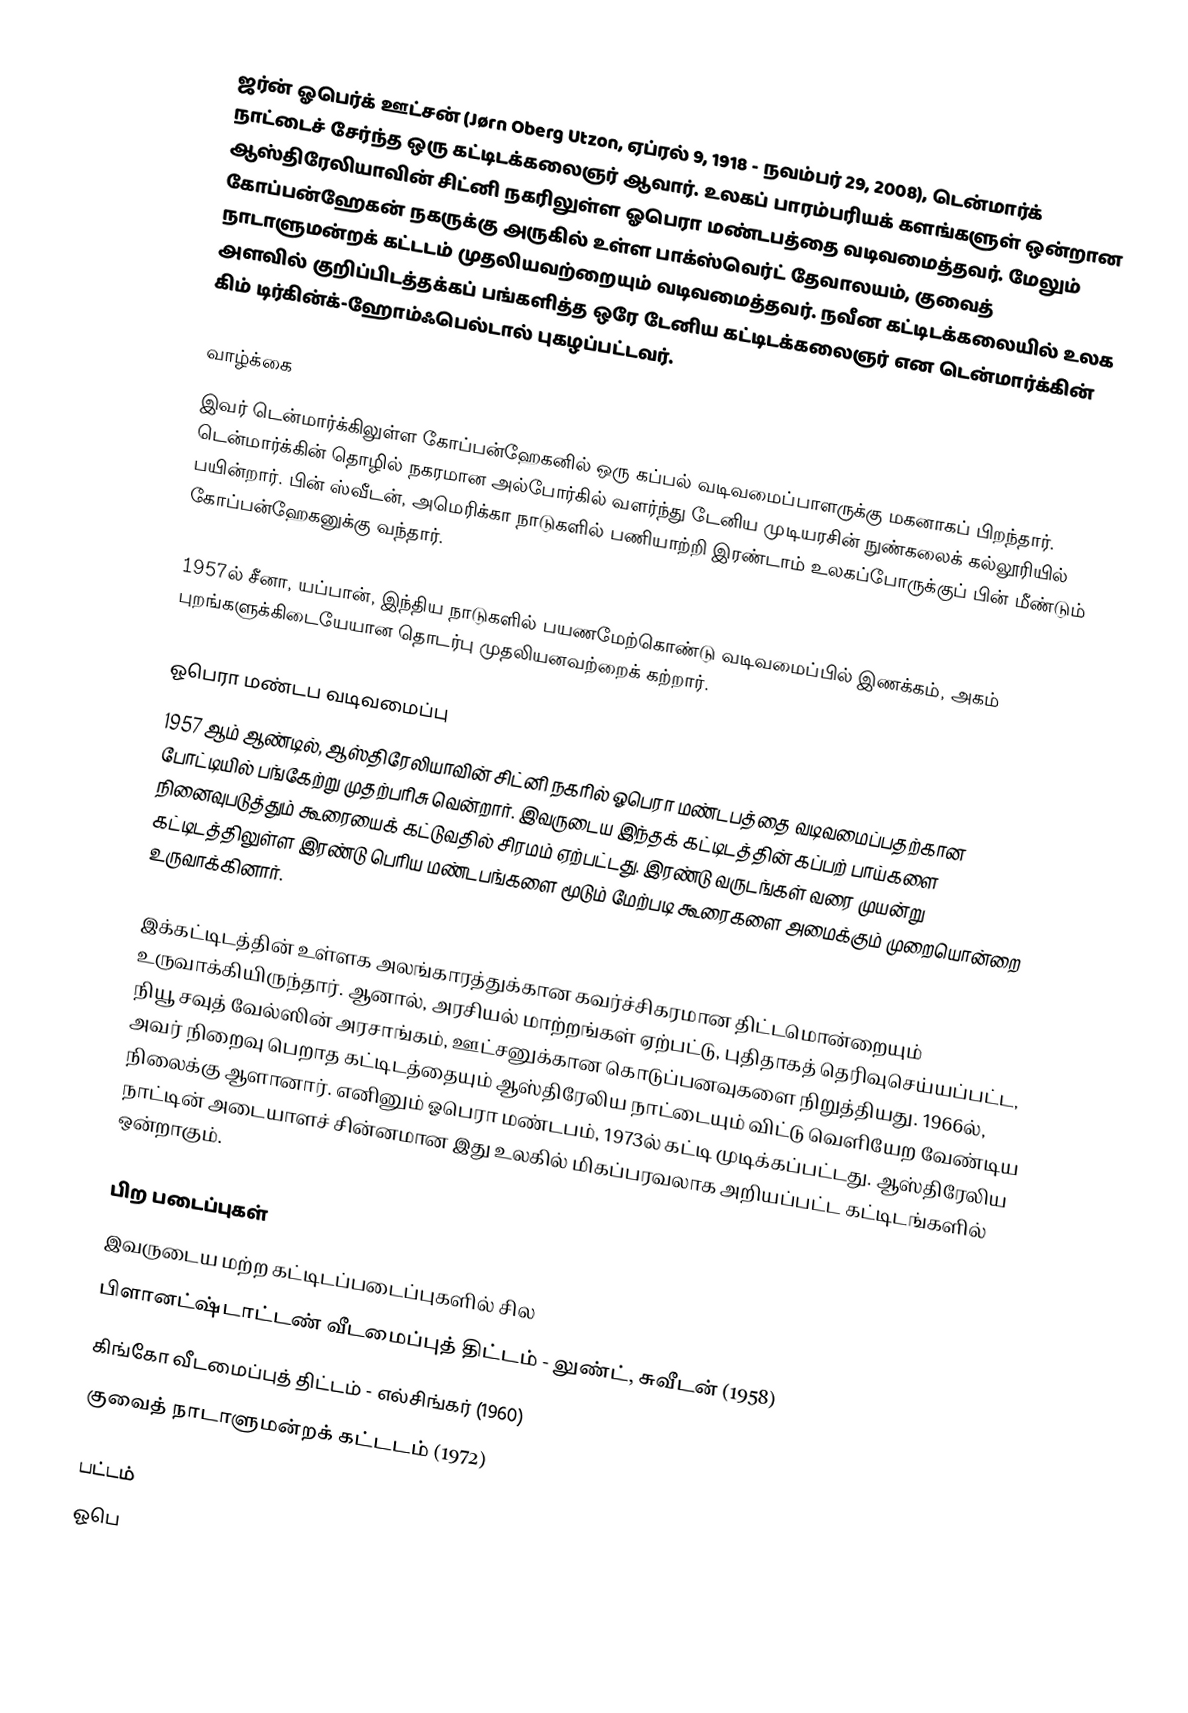
ஜர்ன் ஓபெர்க் ஊட்சன் (Jørn Oberg Utzon, ஏப்ரல் 9, 1918 - நவம்பர் 29, 2008), டென்மார்க் நாட்டைச் சேர்ந்த ஒரு கட்டிடக்கலைஞர் ஆவார். உலகப் பாரம்பரியக் களங்களுள் ஒன்றான ஆஸ்திரேலியாவின் சிட்னி நகரிலுள்ள ஓபெரா மண்டபத்தை வடிவமைத்தவர். மேலும் கோப்பன்ஹேகன் நகருக்கு அருகில் உள்ள பாக்ஸ்வெர்ட் தேவாலயம், குவைத் நாடாளுமன்றக் கட்டடம் முதலியவற்றையும் வடிவமைத்தவர். நவீன கட்டிடக்கலையில் உலக அளவில் குறிப்பிடத்தக்கப் பங்களித்த ஒரே டேனிய கட்டிடக்கலைஞர் என டென்மார்க்கின் கிம் டிர்கின்க்-ஹோம்ஃபெல்டால் புகழப்பட்டவர்.

வாழ்க்கை
இவர் டென்மார்க்கிலுள்ள கோப்பன்ஹேகனில் ஒரு கப்பல் வடிவமைப்பாளருக்கு மகனாகப் பிறந்தார். டென்மார்க்கின் தொழில் நகரமான அல்போர்கில் வளர்ந்து டேனிய முடியரசின் நுண்கலைக் கல்லூரியில் பயின்றார். பின் ஸ்வீடன், அமெரிக்கா நாடுகளில் பணியாற்றி இரண்டாம் உலகப்போருக்குப் பின் மீண்டும் கோப்பன்ஹேகனுக்கு வந்தார்.

1957ல் சீனா, யப்பான், இந்திய நாடுகளில் பயணமேற்கொண்டு வடிவமைப்பில் இணக்கம், அகம் புறங்களுக்கிடையேயான தொடர்பு முதலியனவற்றைக் கற்றார்.

ஓபெரா மண்டப வடிவமைப்பு
1957 ஆம் ஆண்டில், ஆஸ்திரேலியாவின் சிட்னி நகரில் ஓபெரா மண்டபத்தை வடிவமைப்பதற்கான போட்டியில் பங்கேற்று முதற்பரிசு வென்றார். இவருடைய இந்தக் கட்டிடத்தின் கப்பற் பாய்களை நினைவுபடுத்தும் கூரையைக் கட்டுவதில் சிரமம் ஏற்பட்டது. இரண்டு வருடங்கள் வரை முயன்று கட்டிடத்திலுள்ள இரண்டு பெரிய மண்டபங்களை மூடும் மேற்படி கூரைகளை அமைக்கும் முறையொன்றை உருவாக்கினார்.

இக்கட்டிடத்தின் உள்ளக அலங்காரத்துக்கான கவர்ச்சிகரமான திட்டமொன்றையும் உருவாக்கியிருந்தார். ஆனால், அரசியல் மாற்றங்கள் ஏற்பட்டு, புதிதாகத் தெரிவுசெய்யப்பட்ட, நியூ சவுத் வேல்ஸின் அரசாங்கம், ஊட்சனுக்கான கொடுப்பனவுகளை நிறுத்தியது. 1966ல், அவர் நிறைவு பெறாத கட்டிடத்தையும் ஆஸ்திரேலிய நாட்டையும் விட்டு வெளியேற வேண்டிய நிலைக்கு ஆளானார். எனினும் ஓபெரா மண்டபம், 1973ல் கட்டி முடிக்கப்பட்டது. ஆஸ்திரேலிய நாட்டின் அடையாளச் சின்னமான இது உலகில் மிகப்பரவலாக அறியப்பட்ட கட்டிடங்களில் ஒன்றாகும்.

பிற படைப்புகள்
இவருடைய மற்ற கட்டிடப்படைப்புகளில் சில
 பிளானட்ஷ்டாட்டண் வீடமைப்புத் திட்டம் - லுண்ட், சுவீடன் (1958)
 கிங்கோ வீடமைப்புத் திட்டம் - எல்சிங்கர் (1960)
 குவைத் நாடாளுமன்றக் கட்டடம் (1972)

பட்டம்
ஓபெ